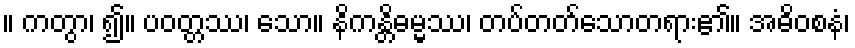
။ ကတွာ၊ ၍။ ပဝတ္တဿ၊ သော။ နိကန္တိဓမ္မဿ၊ တပ်တတ်သောတရား၏။ အဓိဝစနံ၊